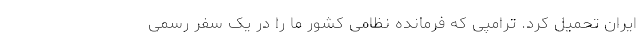
ایران تحمیل کرد. ترامپی که فرمانده نظامی کشور ما را در یک سفر رسمی